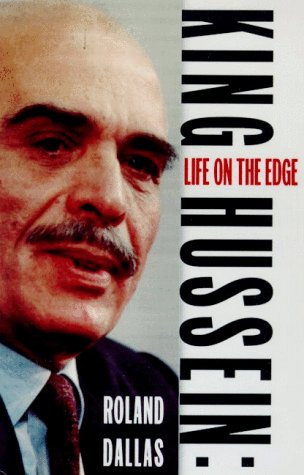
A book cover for King Hussein: A Life on the Edge; Roland Dallas; History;